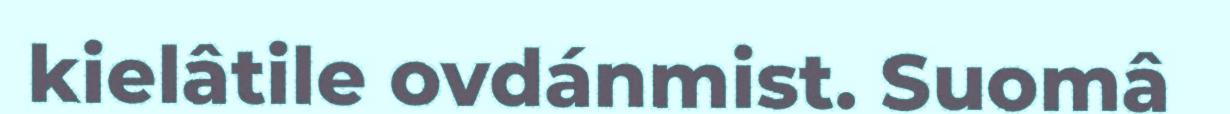
kielâtile ovdánmist. Suomâ